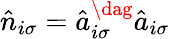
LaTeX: \hat{n}_{i\sigma}=\hat{a}_{i\sigma}^{\dag}\hat{a}_{i\sigma}